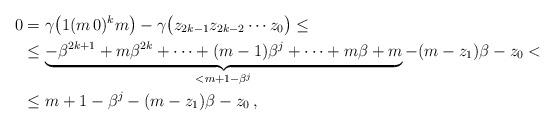
LaTeX: \begin{align*}\begin{aligned}0&=\gamma\big(1(m\,0)^km\big)-\gamma\big(z_{2k-1}z_{2k-2}\cdots z_0\big)\leq\\&\leq\underbrace{-\beta^{2k+1}+m\beta^{2k}+\cdots+(m-1)\beta^j+\cdots+m\beta+m}_{<m+1-\beta^j}-(m-z_1)\beta-z_0<\\&\leq m+1 - \beta^j - (m-z_1)\beta-z_0\,,\end{aligned}\end{align*}